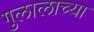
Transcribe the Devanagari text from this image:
गुलालाच्या